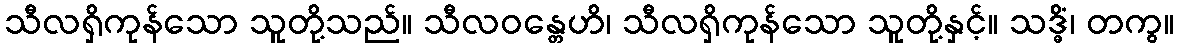
သီလရှိကုန်သော သူတို့သည်။ သီလဝန္တေဟိ၊ သီလရှိကုန်သော သူတို့နှင့်။ သဒ္ဓိံ၊ တကွ။